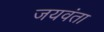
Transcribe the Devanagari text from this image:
जयवंता